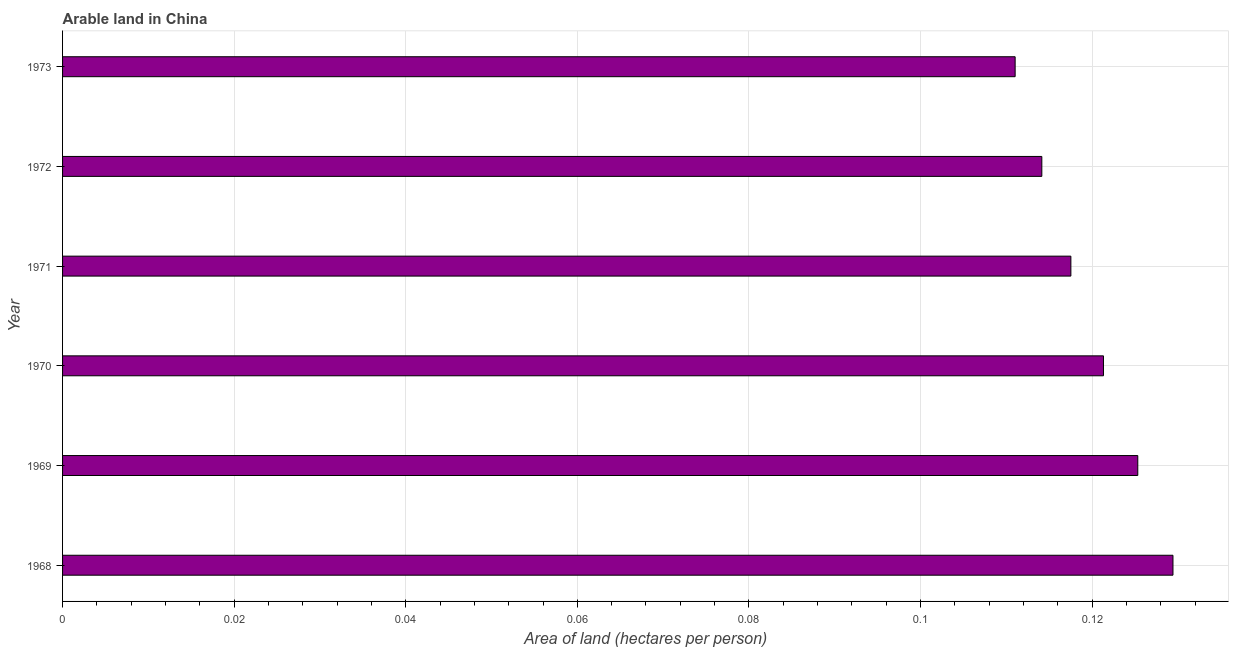
| Year | Arable land |
 | --- | --- |
 | 1968 | 0.129 |
 | 1969 | 0.125 |
 | 1970 | 0.121 |
 | 1971 | 0.118 |
 | 1972 | 0.114 |
 | 1973 | 0.111 |